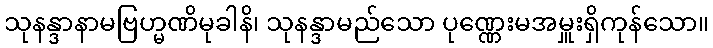
သုနန္ဒာနာမဗြဟ္မဏိမုခါနိ၊ သုနန္ဒာမည်သော ပုဏ္ဏေးမအမှူးရှိကုန်သော။